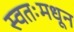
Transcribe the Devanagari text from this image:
स्वतःमधून